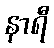
နာရီ